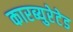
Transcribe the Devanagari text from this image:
कारब्युरेटेड